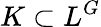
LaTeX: K\subset L^{G}